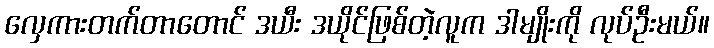
လှေကားတက်တာတောင် ဒယီး ဒယိုင်ဖြစ်တဲ့လူက ဒါမျိုးကို လုပ်ဦးမယ်။